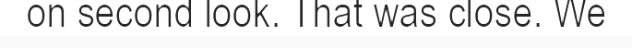
on second look. That was close. We